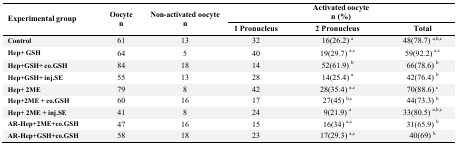
<table><thead><tr><td rowspan="3"><b>Experimental group</b></td><td rowspan="3"><b>Oocyte n</b></td><td rowspan="3"><b>Non-activated oocyte n</b></td><td colspan="3"><b>Activated oocyte n (%)</b></td></tr><tr><td><b>1 Pronucleus</b></td><td><b>2 Pronucleus</b></td><td><b>Total</b></td></tr></thead><tbody><tr><td><b>Control</b></td><td>61</td><td>13</td><td>32</td><td>16(26.2) <sup>a</sup></td><td>48(78.7) <sup>a,b,c</sup></td></tr><tr><td><b>Hep+ GSH</b></td><td>64</td><td>5</td><td>40</td><td>19(29.7) <sup>a,c</sup></td><td>59(92.2) <sup>a,c</sup></td></tr><tr><td><b>Hep+GSH+co.GSH</b></td><td>84</td><td>18</td><td>14</td><td>52(61.9) <sup>b</sup></td><td>66(78.6) <sup>b</sup></td></tr><tr><td><b>Hep+GSH+inj.SE</b></td><td>55</td><td>13</td><td>28</td><td>14(25.4) <sup>a</sup></td><td>42(76.4) <sup>b</sup></td></tr><tr><td><b>Hep+ 2ME</b></td><td>79</td><td>8</td><td>42</td><td>28(35.4) <sup>a,c</sup></td><td>70(88.6) <sup>c</sup></td></tr><tr><td><b>Hep+2ME+co.GSH</b></td><td>60</td><td>16</td><td>17</td><td>27(45) <sup>b,c</sup></td><td>44(73.3) <sup>b</sup></td></tr><tr><td><b>Hep+ 2ME+inj.SE</b></td><td>41</td><td>8</td><td>24</td><td>9(21.9) <sup>a</sup></td><td>33(80.5) <sup>a,b,c</sup></td></tr><tr><td><b>AR-Hep+2ME+co.GSH</b></td><td>47</td><td>16</td><td>15</td><td>16(34) <sup>a,c</sup></td><td>31(65.9) <sup>b</sup></td></tr><tr><td><b>AR-Hep+GSH+co.GSH</b></td><td>58</td><td>18</td><td>23</td><td>17(29.3) <sup>a,c</sup></td><td>40(69) <sup>b</sup></td></tr></tbody></table>